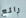
رائع